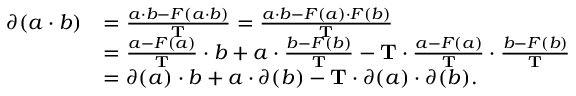
\begin{array} { r l } { \partial ( a \cdot b ) } & { = \frac { a \cdot b - F ( a \cdot b ) } { \mathbf T } = \frac { a \cdot b - F ( a ) \cdot F ( b ) } { \mathbf T } } \\ & { = \frac { a - F ( a ) } { \mathbf T } \cdot b + a \cdot \frac { b - F ( b ) } { \mathbf T } - \mathbf T \cdot \frac { a - F ( a ) } { \mathbf T } \cdot \frac { b - F ( b ) } { \mathbf T } } \\ & { = \partial ( a ) \cdot b + a \cdot \partial ( b ) - { \mathbf T } \cdot \partial ( a ) \cdot \partial ( b ) . } \end{array}